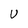
Character: U